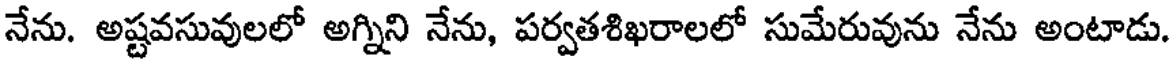
నేను. అష్టవసువులలో అగ్నిని నేను, పర్వతశిఖరాలలో సుమేరువును నేను అంటాడు.